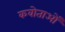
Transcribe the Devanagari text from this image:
कवोताओं